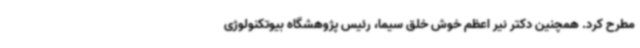
مطرح کرد. همچنین دکتر نیر اعظم خوش خلق سیما، رئیس پژوهشگاه بیوتکنولوژی